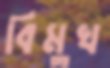
বিমুখ